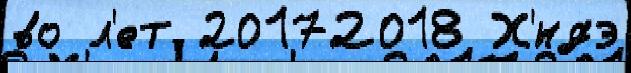
во л'ет 20172018 Х'́ндэ